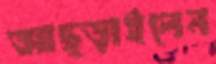
আছ্‌ড়াইলেন